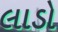
લાડો